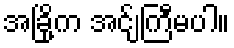
အခြို့က အင်ျကြီမပါ။